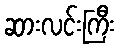
ဆားလင်းကြီး